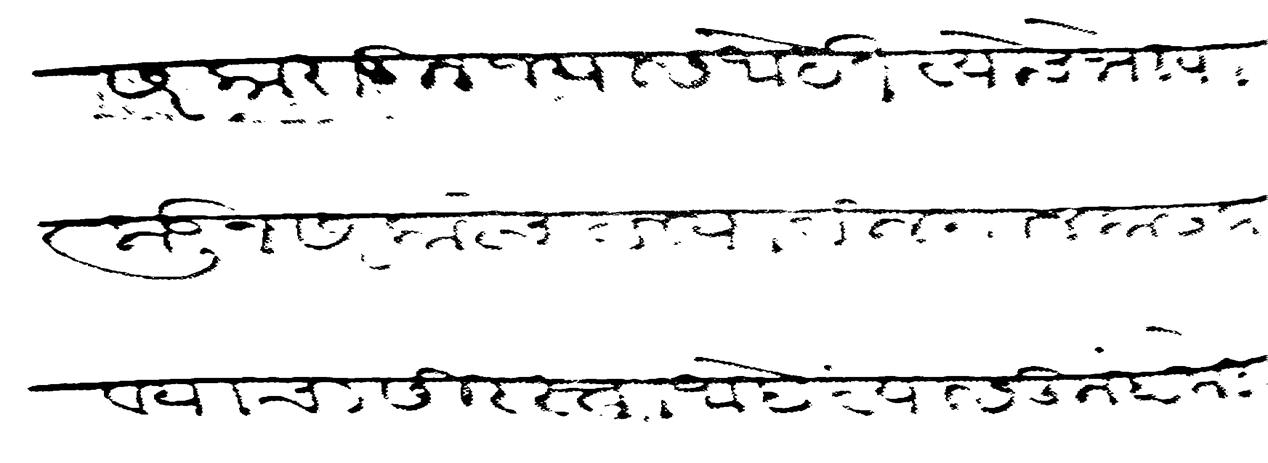
Transliteration (Devanagari): सरकारातून ज्यास आहेत त्याचे भोया कडून सरकारचे तल्यातील गाल काढवावयाचा सिरस्ता आहे त्यास तुम्हाकडे